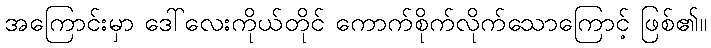
အကြောင်းမှာ ဒေါ်လေးကိုယ်တိုင် ကောက်စိုက်လိုက်သောကြောင့် ဖြစ်၏။